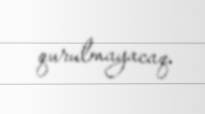
qurulmayacaq.